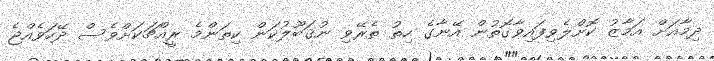
ދިމާއަށް އަމާޒު ކޮށްލެވިފައިވާގޮތުން އޭނާގެ ހިތު ތެރޭވި ނުޤަބޫލުކަން ކިތަންމެ ރީއްޗަކަށްވެސް ދޭހަވެއްޖެ